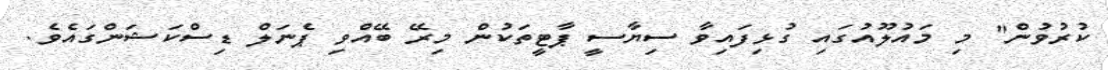
ކުރުވުން" މި މައުލޫއުގައި ގުޅިފައިވާ ސިޔާސީ ޕާޓީތަކުން މިރޭ ބޭއްވި ޕެނަލް ޑިސްކަޝަންގައެވެ.